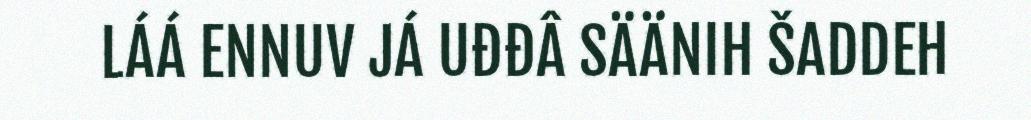
LÁÁ ENNUV JÁ UĐĐÂ SÄÄNIH ŠADDEH